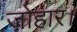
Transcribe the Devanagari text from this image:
जोहार।